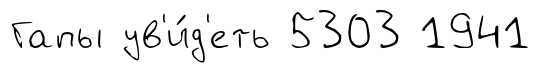
Гапы ув'и́д'еть 5303 1941